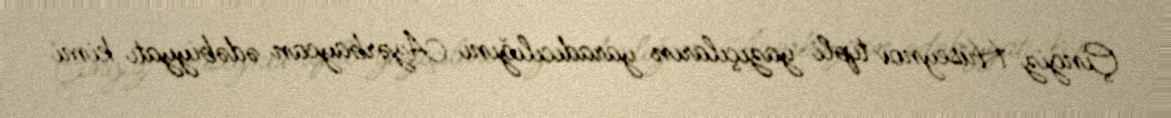
Çingiz Hüseynov tipli yazıçıların yaradıcılığını Azərbaycan ədəbiyyatı kimi